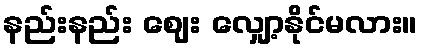
နည်းနည်း ဈေး လျှော့နိုင်မလား။